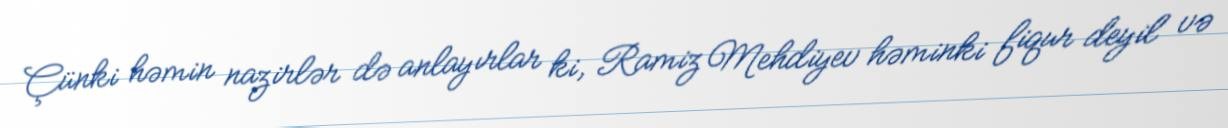
Çünki həmin nazirlər də anlayırlar ki, Ramiz Mehdiyev həminki fiqur deyil və